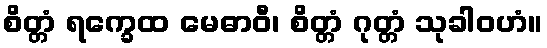
စိတ္တံ ရက္ခေထ မေဓာဝီ၊ စိတ္တံ ဂုတ္တံ သုခါဝဟံ။